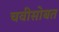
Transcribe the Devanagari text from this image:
चवीसोबत